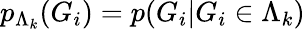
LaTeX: p_{\Lambda_{k}}(G_{i})=p(G_{i}|G_{i}\in\Lambda_{k})